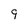
Character: 9